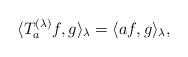
LaTeX: \begin{align*}\langle T^{(\lambda)}_a f, g \rangle_\lambda = \langle a f, g \rangle_\lambda,\end{align*}